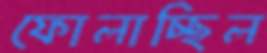
ফোলাচ্ছিল